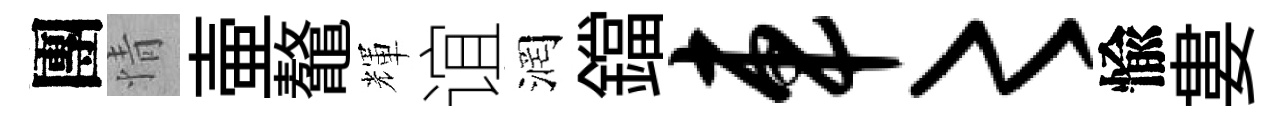
團情壷鼇輝谊润鐺车〻愉婁